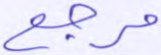
مرجع